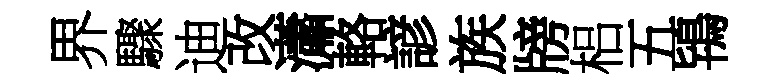
界驟迪改瀟輅諺族牓梠五鴇